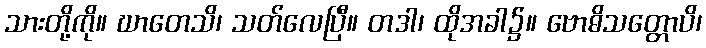
သားတို့ကို။ ဃာတေသိ၊ သတ်လေပြီ။ တဒါ၊ ထိုအခါ၌။ ဗောဓိသတ္တောပိ၊